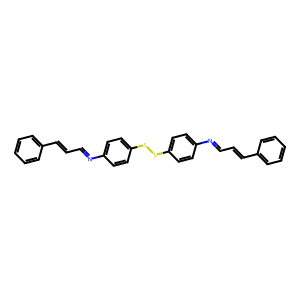
SMILES: C(=Cc1ccccc1)C=Nc1ccc(SSc2ccc(N=CC=Cc3ccccc3)cc2)cc1
Inhibits HIV replication: No